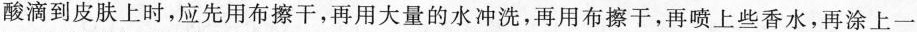
酸滴到皮肤上时，应先用布擦干，再用大量的水冲洗，再用布擦干，再喷上些香水，再涂上一